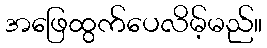
အဖြေထွက်ပေလိမ့်မည်။